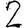
Digit: 2